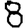
Digit: 8